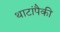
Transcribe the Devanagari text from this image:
थाटांपैकी